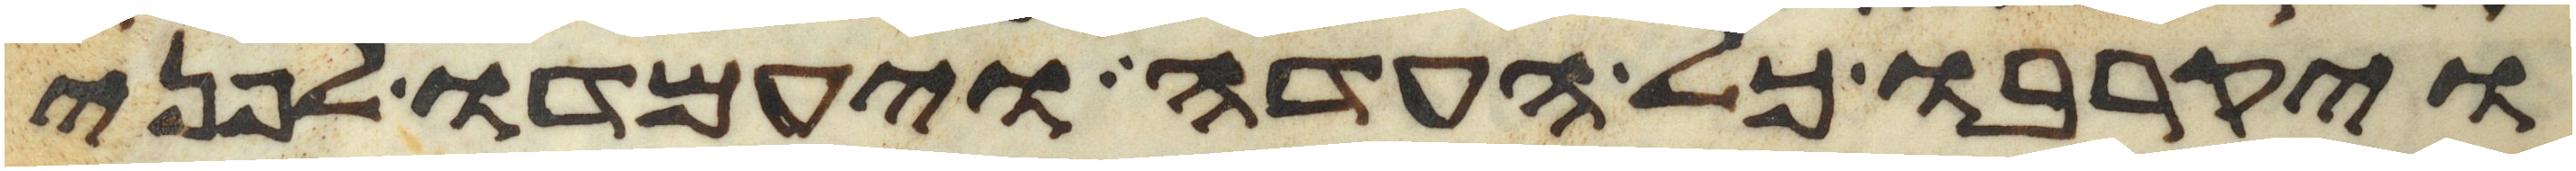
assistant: ויקרבו כל העדה ויעמדו לפני